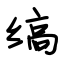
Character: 缟